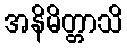
အနိမိတ္တာသိ